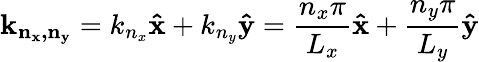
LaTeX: \mathbf{k_{n_{x},n_{y}}}=k_{n_{x}}\mathbf{\hat{x}}+k_{n_{y}}\mathbf{\hat{y}}={\frac{n_{x}\pi}{L_{x}}}\mathbf{\hat{x}}+{\frac{n_{y}\pi}{L_{y}}}\mathbf{\hat{y}}